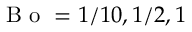
\mathrm { ~ B ~ o ~ } = 1 / 1 0 , 1 / 2 , 1